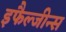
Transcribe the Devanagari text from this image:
इफैल्जीन्स